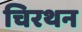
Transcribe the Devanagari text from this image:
चिरथन